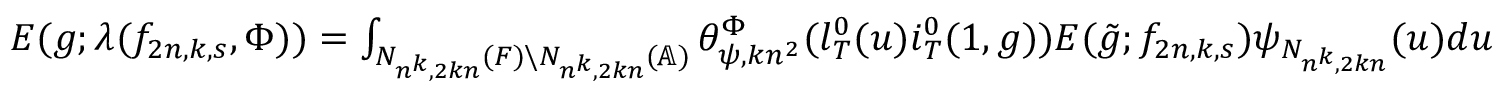
\begin{array} { r } { E ( g ; \lambda ( f _ { 2 n , k , s } , \Phi ) ) = \int _ { N _ { n ^ { k } , 2 k n } ( F ) \backslash N _ { n ^ { k } , 2 k n } ( \mathbb { A } ) } \theta _ { \psi , k n ^ { 2 } } ^ { \Phi } ( l _ { T } ^ { 0 } ( u ) i _ { T } ^ { 0 } ( 1 , g ) ) E ( \tilde { g } ; f _ { 2 n , k , s } ) \psi _ { N _ { n ^ { k } , 2 k n } } ( u ) d u } \end{array}